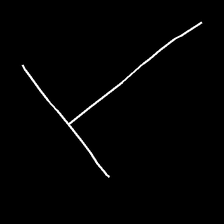
Glyph: column